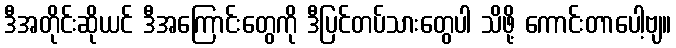
ဒီအတိုင်းဆိုယင် ဒီအကြောင်းတွေကို ဒီပြင်တပ်သားတွေပါ သိဖို့ ကောင်းတာပေါ့ဗျ။